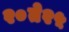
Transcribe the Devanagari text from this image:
२०ते२५